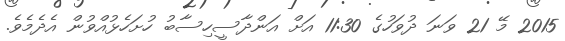
2015 މޭ 21 ވަނަ ދުވަހުގެ 11:30 އަށް އަންދާސީހިސާބު ހުށަހެޅުއްވުން އެދެމެވެ.